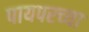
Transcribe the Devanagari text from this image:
पायपरच्या